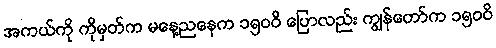
အကယ်ကို ကိုမှတ်က မနေ့ညနေက ၁၅၀၀ိ ပြောလည်း ကျွန်တော်က ၁၅၀၀ိ